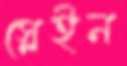
স্লেইন